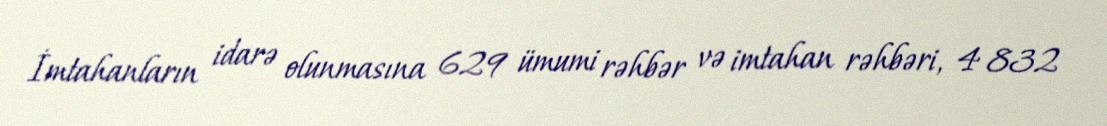
İmtahanların idarə olunmasına 629 ümumi rəhbər və imtahan rəhbəri, 4 832